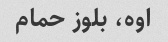
اوه، بلوز حمام